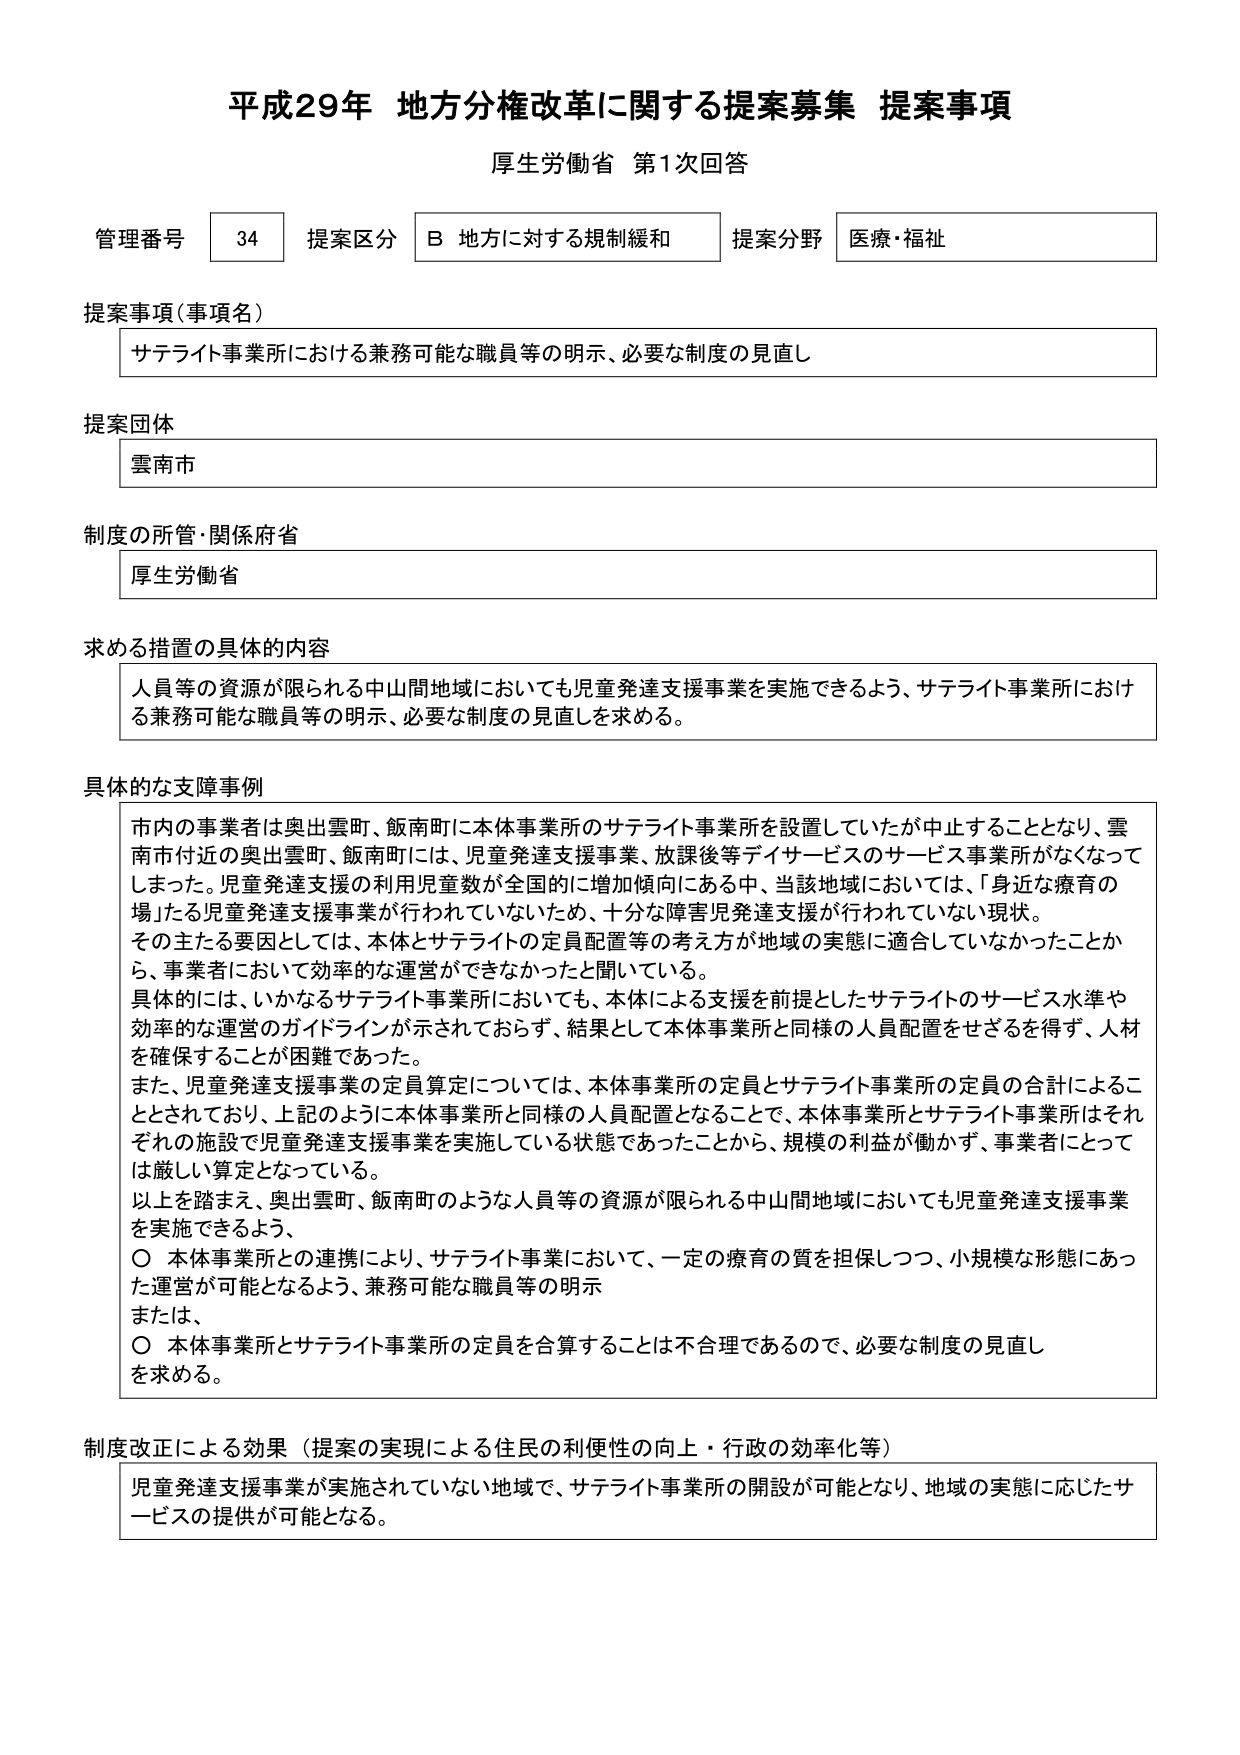
平成29年 地方分権改革に関する提案募集 提案事項
厚生労働省 第1次回答

管理番号 34 提案区分 B 地方に対する規制緩和 提案分野 医療・福祉

提案事項（事項名）
サテライト事業所における兼務可能な職員等の明示、必要な制度の見直し

提案団体
雲南市

制度の所管・関係府省
厚生労働省

求める措置の具体的内容
人員等の資源が限られる中山間地域においても児童発達支援事業を実施できるよう、サテライト事業所における兼務可能な職員等の明示、必要な制度の見直しを求める。

具体的な支障事例
市内の事業者は奥出雲町、飯南町に本体事業所のサテライト事業所を設置していたが中止することとなり、雲南市付近の奥出雲町、飯南町には、児童発達支援事業、放課後等デイサービスのサービス事業所がなくなってしまった。児童発達支援の利用児童数が全国的に増加傾向にある中、当該地域においては、「身近な療育の場」たる児童発達支援事業が行われていないため、十分な障害児発達支援が行われていない現状。
その主たる要因としては、本体とサテライトの定員配置等の考え方が地域の実態に適合していなかったことから、事業者において効率的な運営ができなかったと聞いている。
具体的には、いかなるサテライト事業所においても、本体による支援を前提としたサテライトのサービス水準や効率的な運営のガイドラインが示されておらず、結果として本体事業所と同様の人員配置をせざるを得ず、人材を確保することが困難であった。
また、児童発達支援事業の定員算定については、本体事業所の定員とサテライト事業所の定員の合計によることとされており、上記のように本体事業所と同様の人員配置となることで、本体事業所とサテライト事業所はそれぞれの施設で児童発達支援事業を実施している状態であったことから、規模の利益が働かず、事業者にとっては厳しい算定となっている。
以上を踏まえ、奥出雲町、飯南町のような人員等の資源が限られる中山間地域においても児童発達支援事業を実施できるよう、
〇 本体事業所との連携により、サテライト事業において、一定の療育の質を担保しつつ、小規模な形態にあった運営が可能となるよう、兼務可能な職員等の明示
または、
〇 本体事業所とサテライト事業所の定員を合算することは不合理であるので、必要な制度の見直しを求める。

制度改正による効果（提案の実現による住民の利便性の向上・行政の効率化等）
児童発達支援事業が実施されていない地域で、サテライト事業所の開設が可能となり、地域の実態に応じたサービスの提供が可能となる。